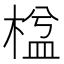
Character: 𣕆